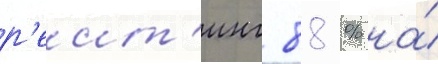
р'еит'инг 88 % на́